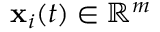
\mathbf { x } _ { i } ( t ) \in \mathbb { R } ^ { m }